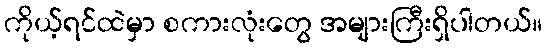
ကိုယ့်ရင်ထဲမှာ စကားလုံးတွေ အများကြီးရှိပါတယ်။